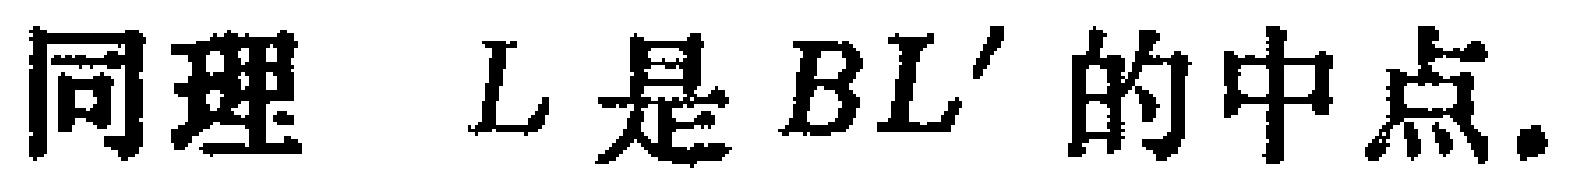
同理 \(L\) 是 \(BL'\) 的中点.